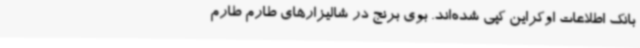
بانک اطلاعات اوکراین کپی شده‌اند. بوی برنج در شالیزارهای طارم طارم